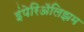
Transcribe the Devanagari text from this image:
इंपेरिॲलिझम